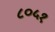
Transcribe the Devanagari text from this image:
८०५१